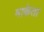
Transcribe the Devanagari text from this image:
माकेता